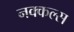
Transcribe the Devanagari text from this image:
नक्कल्स